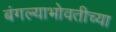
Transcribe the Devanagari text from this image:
बंगल्याभोवतीच्या